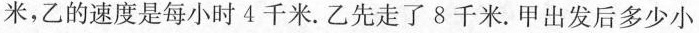
米，乙的速度是每小时4千米。乙先走了8千米。甲出发后多少小